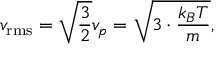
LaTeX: v _ { \mathrm { r m s } } = { \sqrt { \frac { 3 } { 2 } } } v _ { p } = { \sqrt { { 3 } \cdot { \frac { k _ { B } T } { m } } } } ,